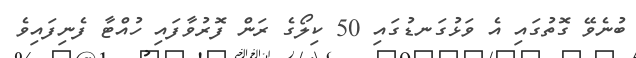
ބުނެވޭ ގޮތުގައި އެ ވަޅުގަނޑުގައި 50 ކިލޯގެ ރަން ފޮރުވާފައި ހުއްޓާ ފެނިފައިވެ